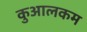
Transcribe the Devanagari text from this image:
कुआलकम